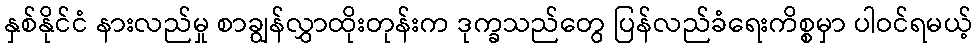
နှစ်နိုင်ငံ နားလည်မှု စာချွန်လွှာထိုးတုန်းက ဒုက္ခသည်တွေ ပြန်လည်ခံရေးကိစ္စမှာ ပါဝင်ရမယ့်